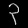
Digit: ၃